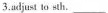
3. adjust to sh. ___